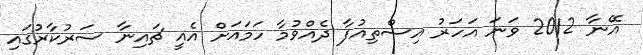
އޭނާ 2012 ވަނަ އަހަރު އިސްތިއުފާ ދެއްވުމާ ހަމައަށް އެއީ ޗައިނާ ސަރުކާރުގައި